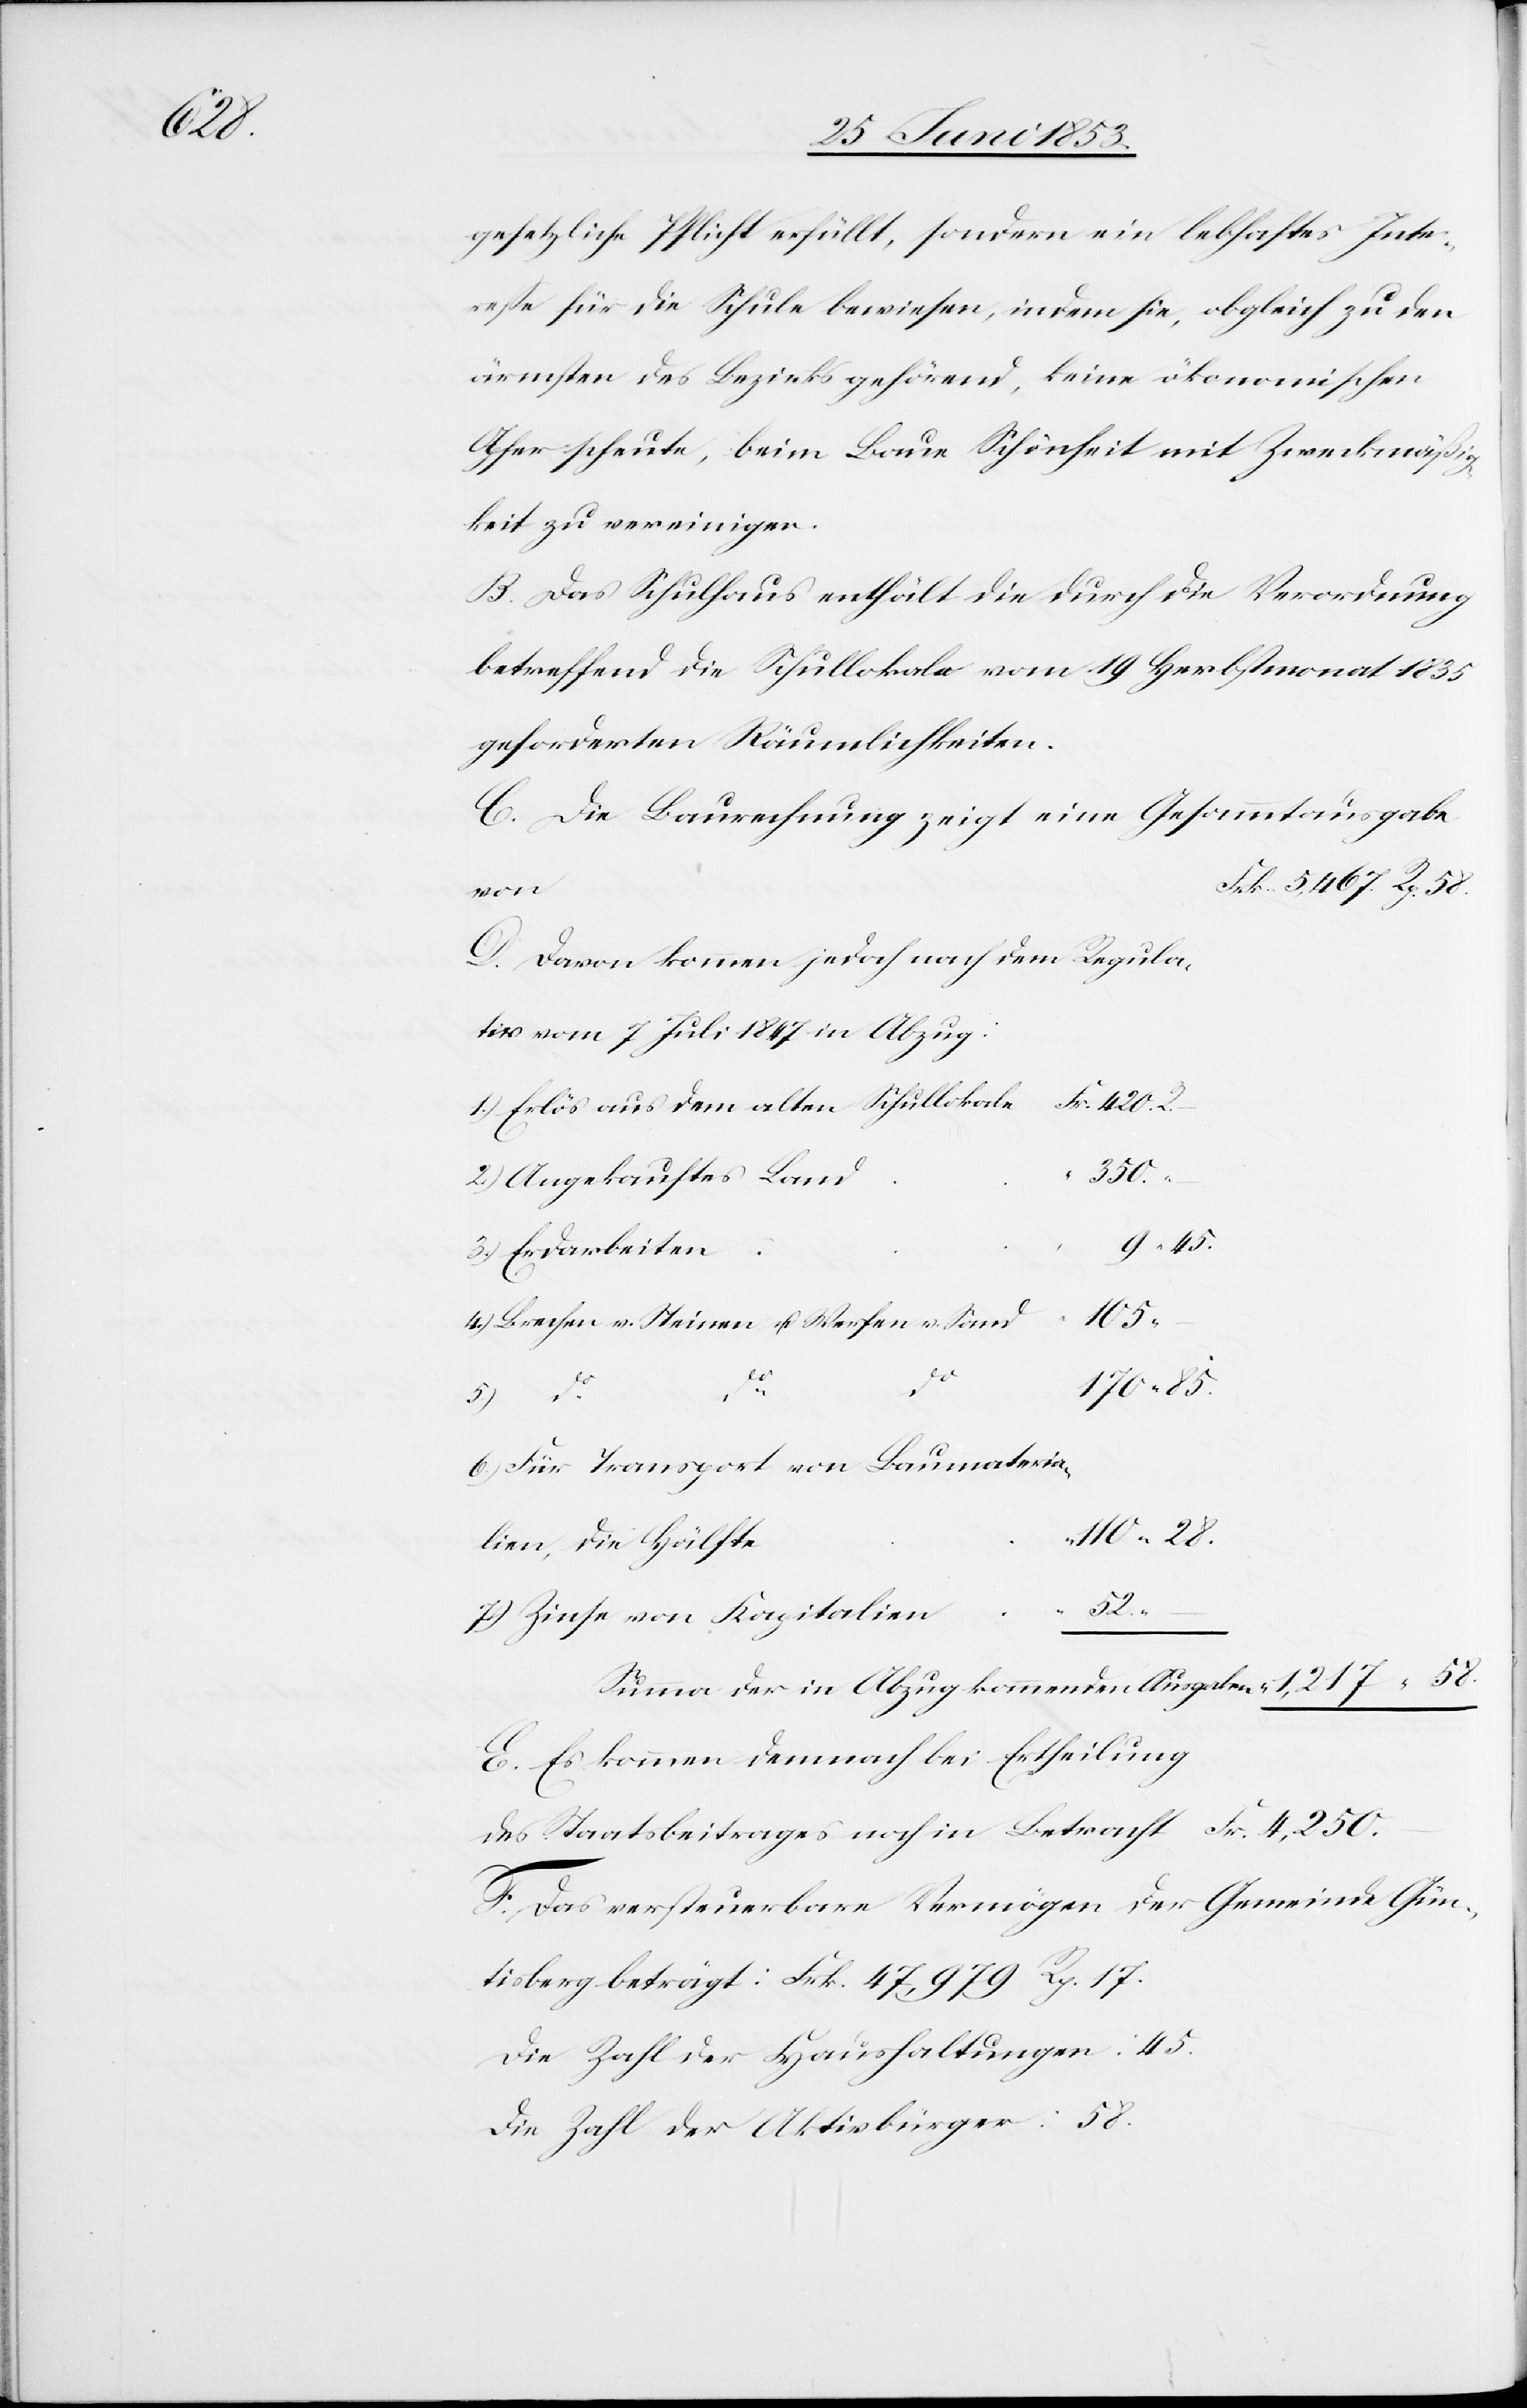
17.

gesetzliche Pflicht erfüllt, sondern ein lebhaftes Inte¬
reße für die Schule bewiesen indem sie, obgleich zu den
ärmsten des Bezirkes gehörend, keine ökonomischen
Opfer scheute, beim Baue Schönheit mit Zweckmäßig¬
keit zu vereinigen.
B. Das Schulhaus enthält die durch die Verordnung
betreffend die Schullokale vom 19 Herbstmonat 1835
geforderten Räumlichkeiten.
C. Die Baurechnung zeigt eine Gesammtausgabe
in
D. Davon kommen jedoch nach dem Regula¬
1.) Erlös aus dem alten Schullokale 		Frk. 420. 2.
350.
2.) Angekauftes Lan¬
9. 45.
4.) Brechen v. Steinen u. Werfen v. San¬
e	“	110.
Frk.
–
5.)
6.) Für Transport von Baumateria¬
lien, die Hälft¬
7.) Zinse von Kapitalie¬
Summa der in Abzug kommenden Ausgaben	“	1,217. “
58.
E. Es kommen demnach bei Ertheilung
F. Das versteuerbare Vermögen der Gemeinde Gün¬
Die Zahl der Haushaltungen: 45
Die Zahl der Aktivbürger: 58.